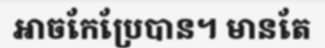
អាចកែប្រែបាន។ មានតែ